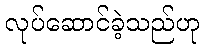
လုပ်ဆောင်ခဲ့သည်ဟု